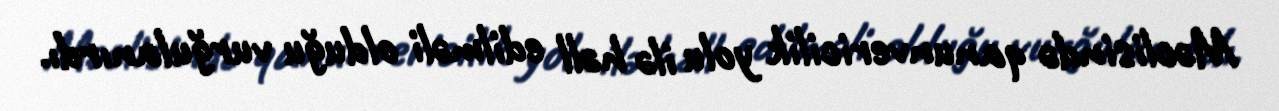
Məclisində qanunvericilik yolu ilə həll edilməli olduğu vurğulanırdı.